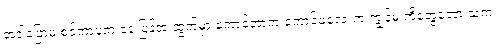
အဲဒါပြောမှ စင်ကာပူက နေ ပြန်အ ထွက်မှာ ကောင်တာက ကောင်မလေးက ကျွန်မ ကိုတွေ့တော့ သူက